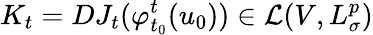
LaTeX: K_{t}=DJ_{t}(\varphi_{t_{0}}^{t}(u_{0}))\in\mathcal{L}(V,L_{\sigma}^{p})